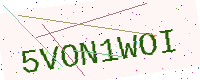
Text: 5VON1WOI